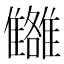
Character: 𩁗